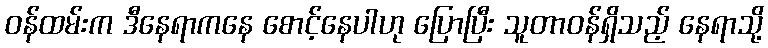
ဝန်ထမ်းက ဒီနေရာကနေ စောင့်နေပါဟု ပြောပြီး သူတာဝန်ရှိသည့် နေရာသို့